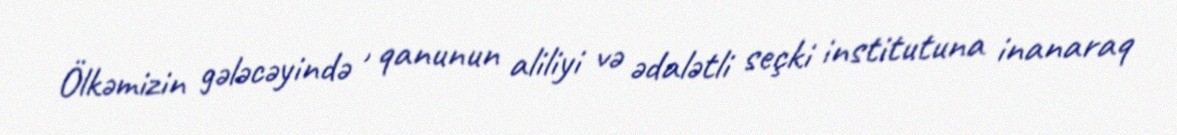
Ölkəmizin gələcəyində , qanunun aliliyi və ədalətli seçki institutuna inanaraq